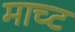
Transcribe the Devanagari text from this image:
माच्ट